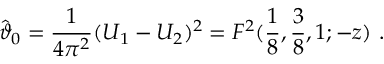
\hat { \vartheta } _ { 0 } = { \frac { 1 } { 4 \pi ^ { 2 } } } ( U _ { 1 } - U _ { 2 } ) ^ { 2 } = F ^ { 2 } ( { \frac { 1 } { 8 } } , { \frac { 3 } { 8 } } , 1 ; - z ) ~ .